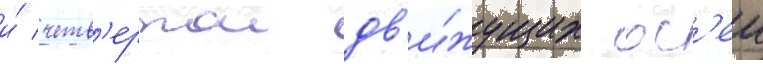
и́ четв'ертои дв'и́жущих ос'еи